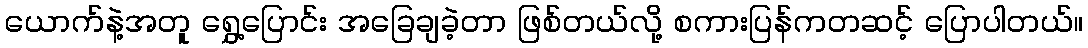
ယောက်နဲ့အတူ ရွှေ့ပြောင်း အခြေချခဲ့တာ ဖြစ်တယ်လို့ စကားပြန်ကတဆင့် ပြောပါတယ်။